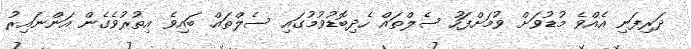
ދަރިފަނި އެއްވެ މުޑުވަށް ވުމަށްފަހު ސެލްތައް ހެދިބޮޑުވުމުގައި ސެލްތައް ބައިވެ އިތުރުވެގެން އަންނައިރު